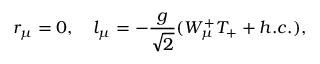
r _ { \mu } = 0 , \quad l _ { \mu } = - \frac { g } { \sqrt { 2 } } ( { \cal W } _ { \mu } ^ { + } T _ { + } + h . c . ) ,